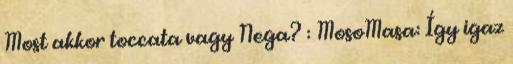
Most akkor toccata vagy Nega? : MosoMasa: Így igaz